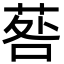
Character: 䓘